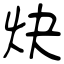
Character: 炔